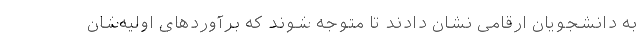
به دانشجویان ارقامی نشان دادند تا متوجه شوند که برآوردهای اولیه‌شان